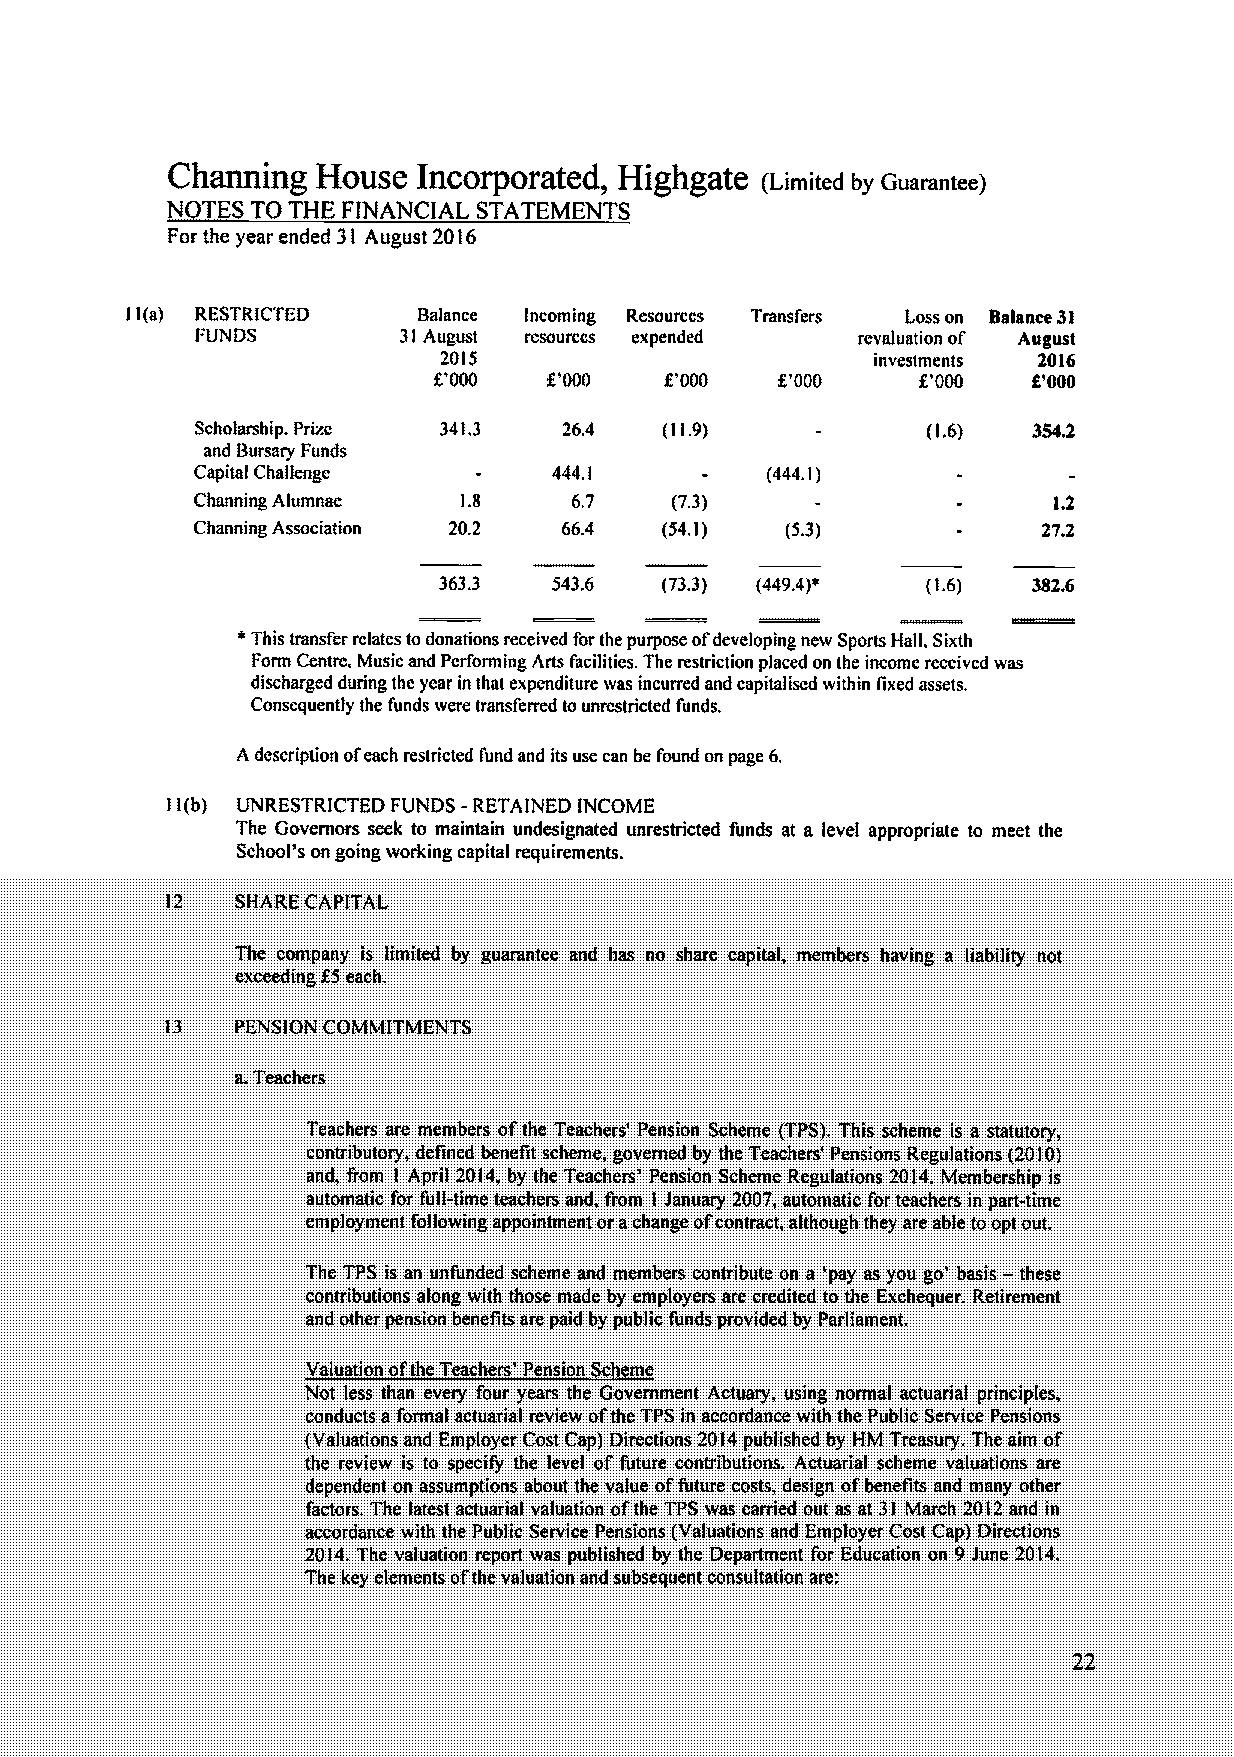
Charming  HOuSe  InCOrporated„Highgate g.I~It d b~ Oog~nteci
 N TESTO THE FfNANCIAL STATEMENTS
 Forthe year ended 3l August 20l6
 Ba/ance Incoming Resources Traosi'ers l.osson 8«4nee 3l
 3I August resources expended   rev«luatioo of' August
 20I$                         ioveslmeots XOI6
 f'000  f'000   f'000   f.'000   f,'0(8 g'000
 Schol«rship. Pruc 34I.3 26.4   (Il,9)
 aod Bursary Funds
 Capital Challenge       444,I         (444.Ij
 Charming Alumnae I.g     6,'1  (73)                      t,2
 Chaoniog Association 20,2 66.4 (54.I)  ($.3)            27.2
 3633    543,6  (73,3) (449.4)*  (I.6)  387„6
 ~This transfer relates todooatioos received for the purpose ofdevelopiog new Sports Halt, Sixth
 Form Centre, Musie aod Perform log Arts facilities. The restriction placed on the income received was
 discharged during the year in that expenditure was incurred and capitaiised within Axed assets,
 Consequently the funds were transferred tounrestricted funds.
 A description ofeach restricted lund and its use can be found on page 6,
 Il(b) UNRESTRICTED FUNDS - RETAINED INCOME
 The Governors seek to maintain undesignated unrestricted funds at a level appropriate to meet the
 School's on going working capital requirements.
 The company is limited by guarantee and has no share capital, members having a liability not
 exceeding XSeach.
 Teachers are members ofthe Teachers' Pension Scheme (TPS).This scheme is a statutory,
 contributory, deAned benefit scheme, governed by the Teachers' Pensions Regulations (20I0)
 and, from I April 20(4, by the Teachers' Pension Scheme Regulations 20I4. Membership is
 automatic for full-time teachers and, from I January 2007,automatic forteachers in part-time
 employment following appointment orachange ofcontract, although they are able toopt out.
 -
 The TPS is an unfunded scheme and members contribute on a 'pay as you go* basis these
 contributions along with those made by employers are credited tothe Exchequer, Retirement
 and other pension benefits are paid by public, funds provided by Parliament
 Valuation ofthe Teachers* Pension Sc e
 Not less than every four years the Government Actuary, using normal actuarial principles,
 conducts a formal actuarial review ofthe TPS in accordance with the Public Service Pensions
 (Valuations and Employer Cost Cap) Directions 20l4 published by HM Treasury. The aim of
 the review is to specify thc level of future contributions. Actuarial scheme valuations are
 dependent on assumptions about the value offuture costs, design ofbenefits and many other
 factors. The latest actuarial valuation ofthe TPS was carried out as at 3l March 20I2 and in
 accordance with the Public Service Pensions (Valuations and Employer Cost Cap) Directions
 20I4, The valuation report was published by the Department for Education on 9Jure 20)4.
 The key elements ofthe valuation and subsequent consultation are: